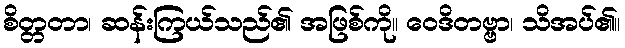
စိတ္တတာ၊ ဆန်းကြယ်သည်၏ အဖြစ်ကို။ ဝေဒိတဗ္ဗာ၊ သိအပ်၏။